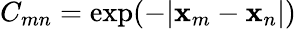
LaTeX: C_{mn}=\exp({-|\mathbf{x}_{m}-\mathbf{x}_{n}|})